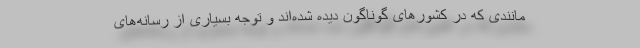
مانندی که در کشورهای گوناگون دیده شده‌اند و توجه بسیاری از رسانه‌های